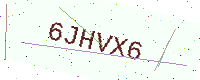
Text: 6JHVX6